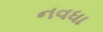
નવધા